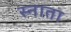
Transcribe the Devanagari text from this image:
स्नाता